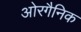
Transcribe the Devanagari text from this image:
ओरगैनिक